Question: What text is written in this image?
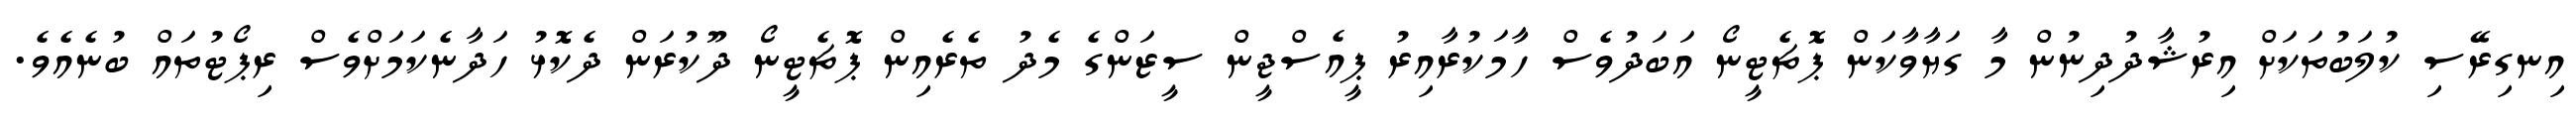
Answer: އިނގިރޭސި ކުލަބުތަކަށް އިރުޝާދުދިނުން މާ ގަޔާވާކަން ޕޮޗެޓީނޯ އަބަދުވެސް ހާމަކުރާއިރު ޕީއެސްޖީން ސީޒަންގެ މެދު ތެރެއިން ޕޮޗެޓީނޯ ދޫކުރަން ދެކޮޅު ހަދާނެކަމަށްވެސް ރިޕޯޓުތައް ބުނެއެވެ.